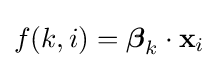
f(k,i)={\boldsymbol {\beta }}_{k}\cdot \mathbf {x} _{i}